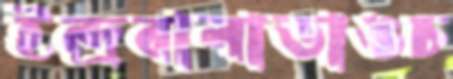
ইন্দ্রবালাভাঙচ